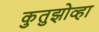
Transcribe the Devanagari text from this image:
कुतुझोव्हा